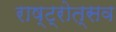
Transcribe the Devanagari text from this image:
राष्ट्रोत्सव